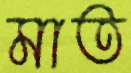
মাত